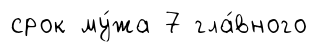
срок му́жа 7 гла́вного